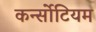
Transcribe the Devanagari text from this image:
कर्न्सोटियम